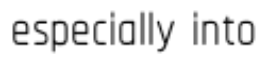
especially into